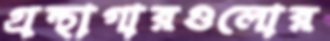
গ্রন্থাগারগুলোর